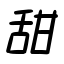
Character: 甜